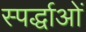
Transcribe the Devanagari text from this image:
स्पर्द्धाओं